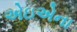
એઇએના